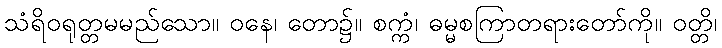
သံရိဝရုတ္တမမည်သော။ ဝနေ၊ တော၌။ စက္ကံ၊ ဓမ္မစကြာတရားတော်ကို။ ဝတ္တိ၊